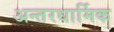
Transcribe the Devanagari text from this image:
अन्तरधार्मिक